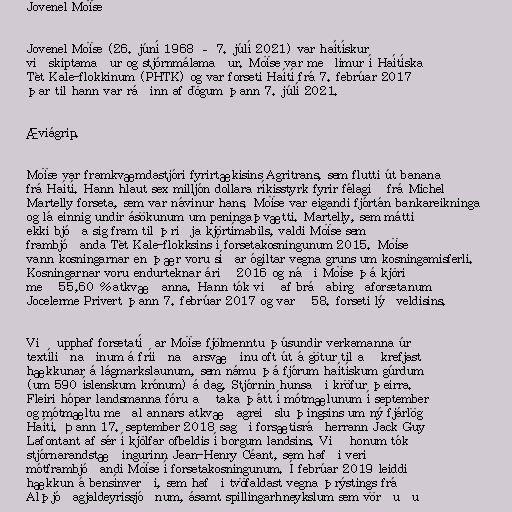
Jovenel Moïse

Jovenel Moïse (26. júní 1968 – 7. júlí 2021) var haítískur
viðskiptamaður og stjórnmálamaður. Moïse var meðlimur í Haítíska
Tèt Kale-flokkinum (PHTK) og var forseti Haítí frá 7. febrúar 2017
þar til hann var ráðinn af dögum þann 7. júlí 2021.

Æviágrip.

Moïse var framkvæmdastjóri fyrirtækisins Agritrans, sem flutti út banana
frá Haítí. Hann hlaut sex milljón dollara ríkisstyrk fyrir félagið frá Michel
Martelly forseta, sem var návinur hans. Moïse var eigandi fjórtán bankareikninga
og lá einnig undir ásökunum um peningaþvætti. Martelly, sem mátti
ekki bjóða sig fram til þriðja kjörtímabils, valdi Moïse sem
frambjóðanda Tèt Kale-flokksins í forsetakosningunum 2015. Moïse
vann kosningarnar en þær voru síðar ógiltar vegna gruns um kosningamisferli.
Kosningarnar voru endurteknar árið 2016 og náði Moïse þá kjöri
með 55,60 % atkvæðanna. Hann tók við af bráðabirgðaforsetanum
Jocelerme Privert þann 7. febrúar 2017 og varð 58. forseti lýðveldisins.

Við upphaf forsetatíðar Moïse fjölmenntu þúsundir verkamanna úr
textíliðnaðinum á fríiðnaðarsvæðinu oft út á götur til að krefjast
hækkunar á lágmarkslaunum, sem námu þá fjórum haítískum gúrdum
(um 590 íslenskum krónum) á dag. Stjórnin hunsaði kröfur þeirra.
Fleiri hópar landsmanna fóru að taka þátt í mótmælunum í september
og mótmæltu meðal annars atkvæðagreiðslu þingsins um ný fjárlög
Haítí. Þann 17. september 2018 sagði forsætisráðherrann Jack Guy
Lafontant af sér í kjölfar ofbeldis í borgum landsins. Við honum tók
stjórnarandstæðingurinn Jean-Henry Céant, sem hafði verið
mótframbjóðandi Moïse í forsetakosningunum. Í febrúar 2019 leiddi
hækkun á bensínverði, sem hafði tvöfaldast vegna þrýstings frá
Alþjóðagjaldeyrissjóðnum, ásamt spillingarhneykslum sem vörðuðu